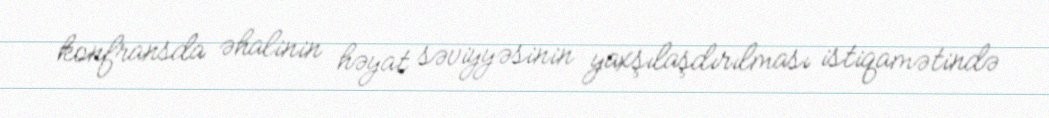
konfransda əhalinin həyat səviyyəsinin yaxşılaşdırılması istiqamətində